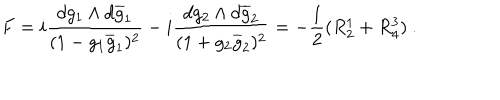
F = i \frac { d g _ { 1 } \wedge d \overline { { { g } } } _ { 1 } } { ( 1 - g _ { 1 } \overline { { { g } } } _ { 1 } ) ^ { 2 } } - i \frac { d g _ { 2 } \wedge d \overline { { { g } } } _ { 2 } } { ( 1 + g _ { 2 } \overline { { { g } } } _ { 2 } ) ^ { 2 } } = - \frac { 1 } { 2 } ( R _ { 2 } ^ { 1 } + R _ { 4 } ^ { 3 } ) ~ .